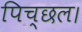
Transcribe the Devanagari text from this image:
पिच्छल।